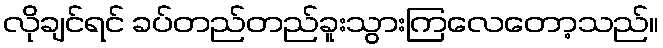
လိုချင်ရင် ခပ်တည်တည်ခူးသွားကြလေတော့သည်။